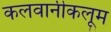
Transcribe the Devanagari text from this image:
कलवानीकलूम